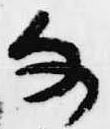
な